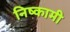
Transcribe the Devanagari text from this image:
निष्कामी